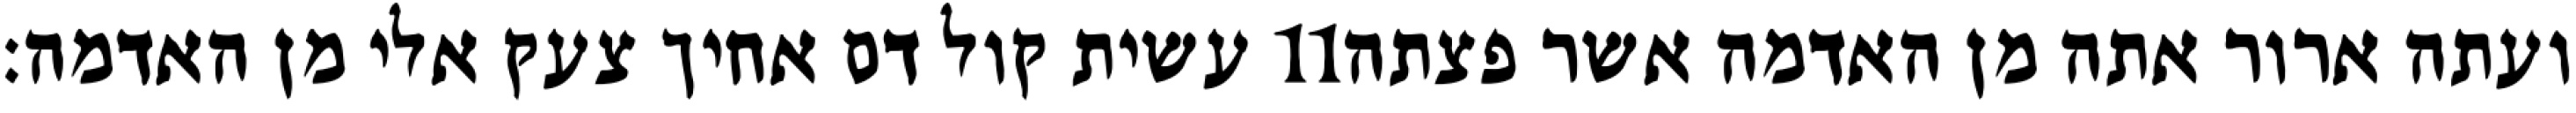
עשית קול דם אחיך צעק אלי מן האדמה׃ ‎11‏ ועתה ארור אתה מן האדמה אשר פצתה